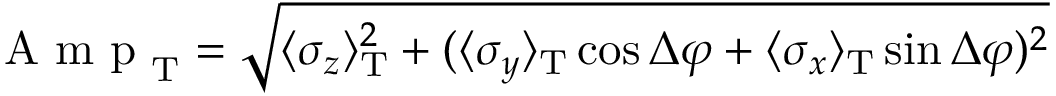
\mathrm { ~ A ~ m ~ p ~ } _ { \mathrm { T } } = \sqrt { \langle \sigma _ { z } \rangle _ { \mathrm { T } } ^ { 2 } + ( \langle \sigma _ { y } \rangle _ { \mathrm { T } } \cos \Delta \varphi + \langle \sigma _ { x } \rangle _ { \mathrm { T } } \sin \Delta \varphi ) ^ { 2 } }